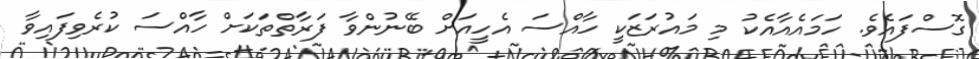
ގޮސްފައެވެ. ހަމައެއާއެކު މި މައުރަޒަކީ ހާއްސަ އެހީއަށް ބޭނުންވާ ފަރާތްތަކަށް ހާއްސަ ކުރެވިފައިވާ